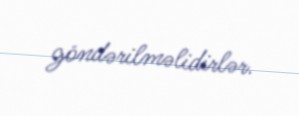
göndərilməlidirlər.